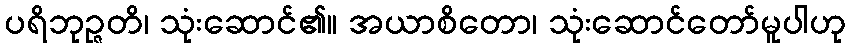
ပရိဘုဉ္ဇတိ၊ သုံးဆောင်၏။ အယာစိတော၊ သုံးဆောင်တော်မူပါဟု